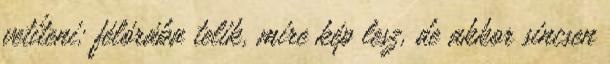
vetíteni: félórába telik, mire kép lesz, de akkor sincsen